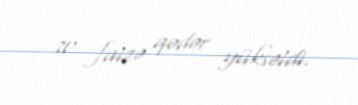
70 faizə qədər yüksəldi.